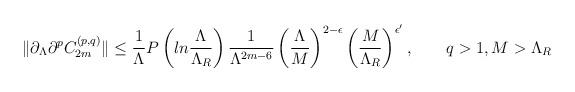
LaTeX: \begin{align*}\|\partial_{\Lambda}\partial^pC_{2m}^{(p,q)}\|\leq {1\over\Lambda}P\left(ln{\Lambda\over\Lambda_R}\right){1\over\Lambda^{2m-6}}\left({\Lambda\over M}\right)^{2-\epsilon}\left({M\over\Lambda_R}\right)^{\epsilon'},\qquad q>1, M>\Lambda_R\end{align*}